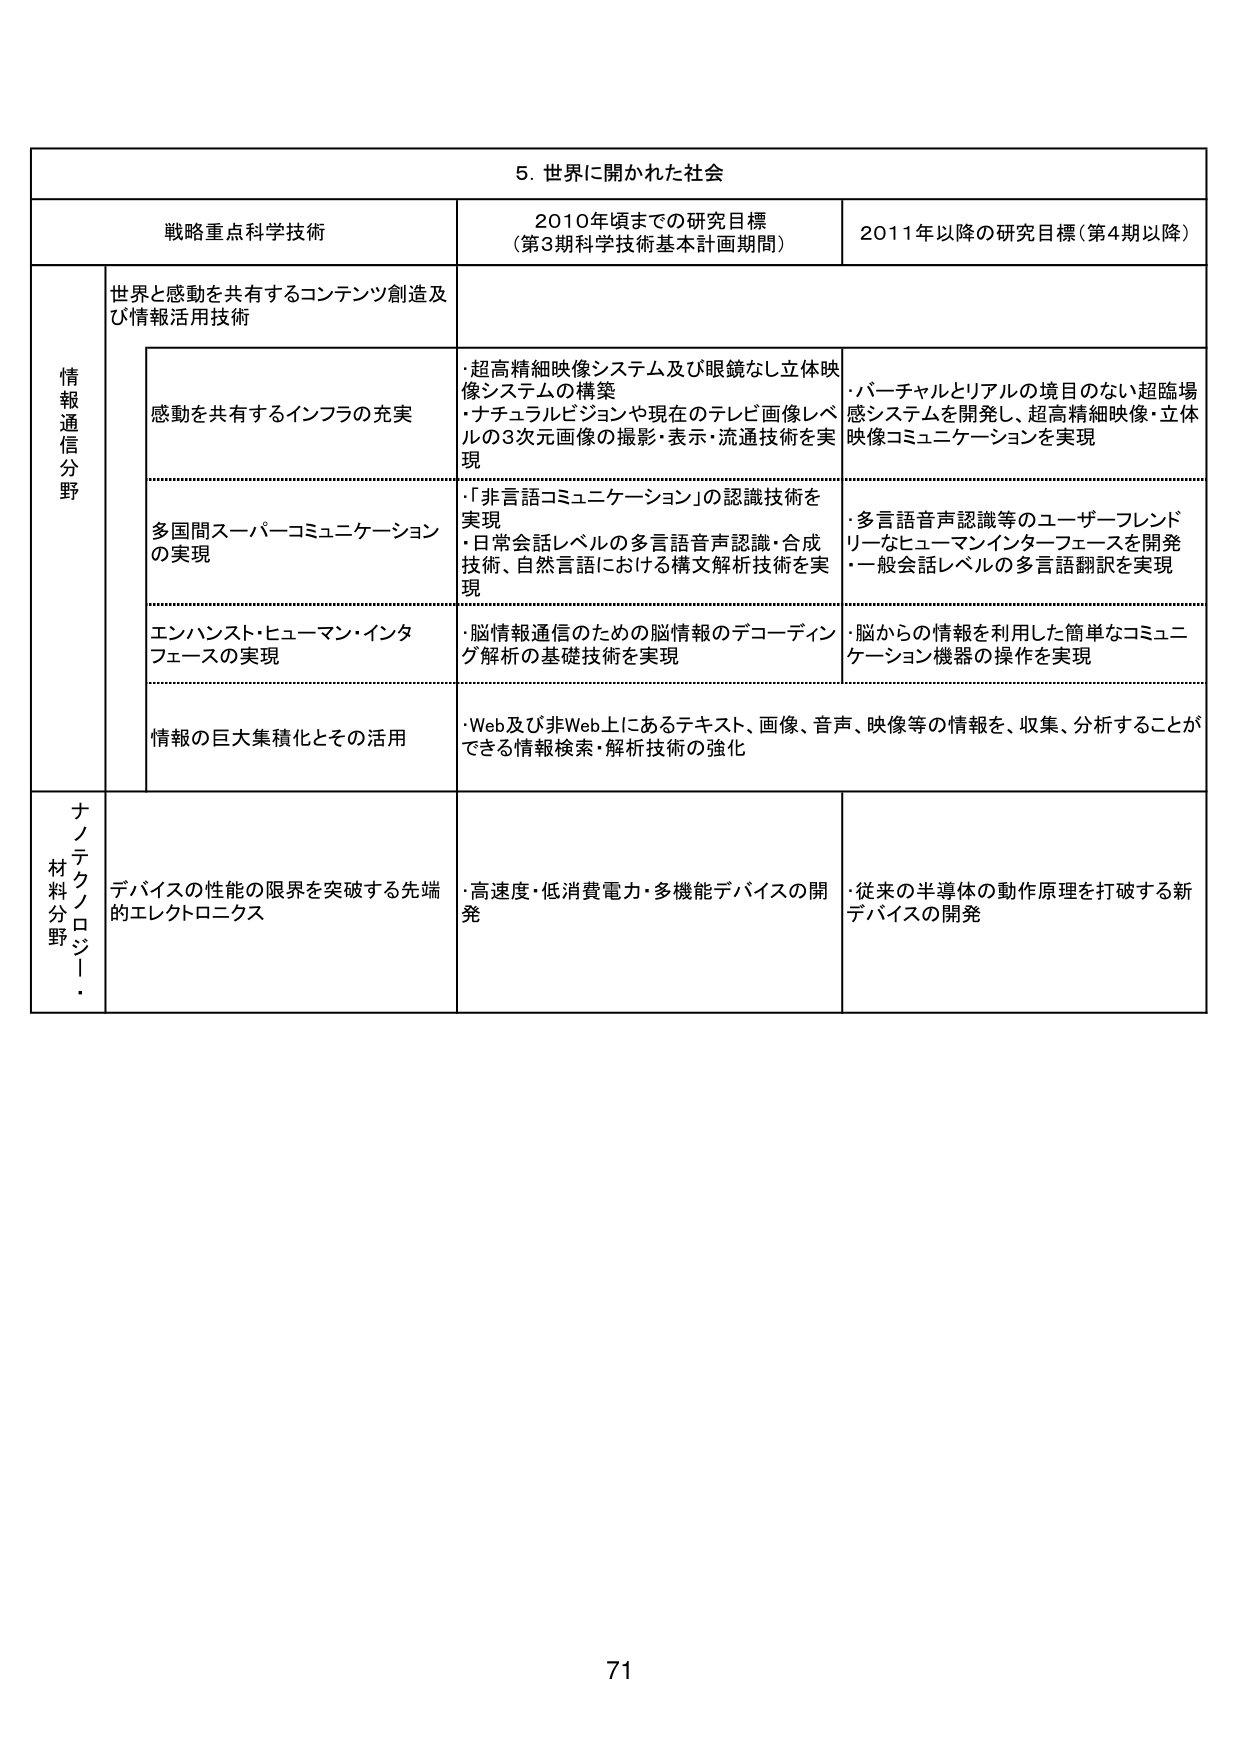
5. 世界に開かれた社会

戦略重点科学技術 2010年頃までの研究目標 （第3期科学技術基本計画期間） 2011年以降の研究目標（第4期以降）

情報通信分野 世界と感動を共有するコンテンツ創造及び情報活用技術

感動を共有するインフラの充実
・超高精細映像システム及び眼鏡なし立体映像システムの構築
・ナチュラルビジョンや現在のテレビ画像レベルの3次元画像の撮影・表示・流通技術を実現
・バーチャルとリアルの境目のない超臨場感システムを開発し、超高精細映像・立体映像コミュニケーションを実現

多国間スーパーコミュニケーションの実現
・「非言語コミュニケーション」の認識技術を実現
・日常会話レベルの多言語音声認識・合成技術、自然言語における構文解析技術を実現
・多言語音声認識等のユーザーフレンドリーなヒューマンインターフェースを開発
・一般会話レベルの多言語翻訳を実現

エンハンスト・ヒューマン・インターフェースの実現
・脳情報通信のための脳情報のデコーディング解析の基礎技術を実現
・脳からの情報を利用した簡単なコミュニケーション機器の操作を実現

情報の巨大集積化とその活用
・Web及び非Web上にあるテキスト、画像、音声、映像等の情報を、収集、分析することができる情報検索・解析技術の強化

ナノテクノロジー・材料分野 デバイスの性能の限界を突破する先端的エレクトロニクス
・高速度・低消費電力・多機能デバイスの開発
・従来の半導体の動作原理を打破する新デバイスの開発

71